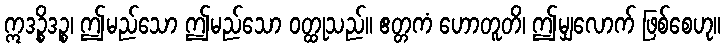
ဣဒဉ္စိဒဉ္စ၊ ဤမည်သော ဤမည်သော ဝတ္ထုသည်။ ဧတ္တကံ ဟောတူတိ၊ ဤမျှလောက် ဖြစ်စေဟု။